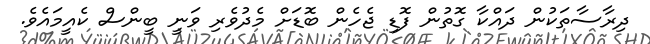
ދިރާސާތަކުން ދައްކާ ގޮތުން ފޮޑި ޖެހެން ބޮޑަށް މެދުވެރި ވަނީ ބީންސް ކެއީމައެވެ.